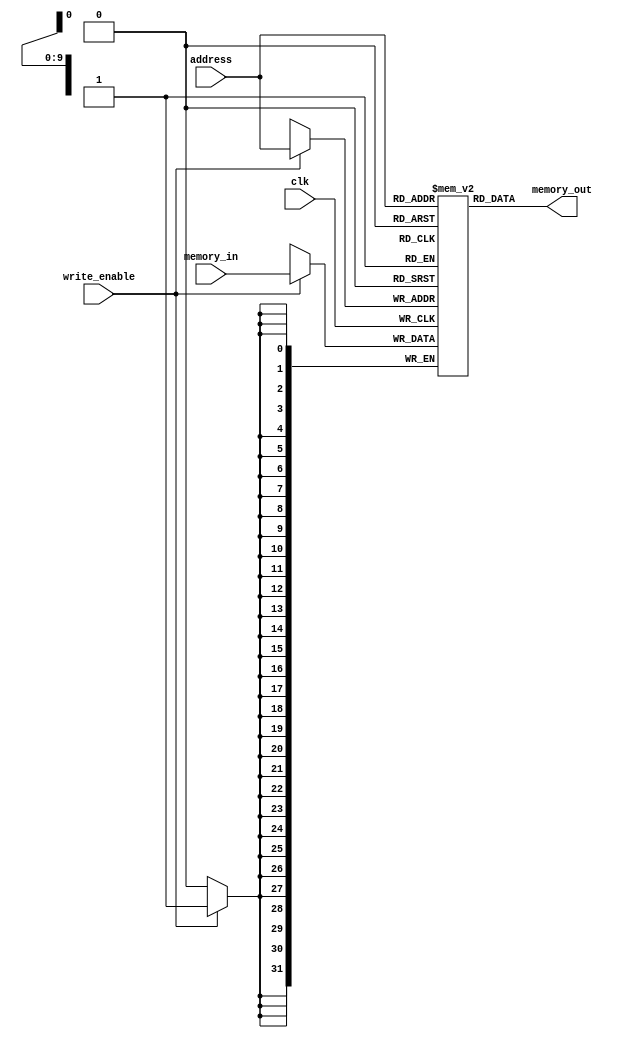
module ram (
    input wire clk,
    output wire [31:0] memory_out,
    input wire [31:0] memory_in,
    input wire [11:2] address,
    input wire write_enable
);

reg [31:0] storage [1024];

assign memory_out = storage[address];

always @(posedge clk) begin
    if (write_enable) begin
        storage[address] <= memory_in;
    end
end

endmodule